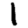
Digit: 1